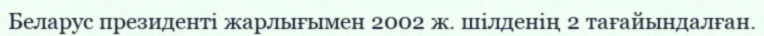
Беларус президенті жарлығымен 2002 ж. шілденің 2 тағайындалған.